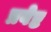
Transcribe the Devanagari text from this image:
प्रवेष्ट